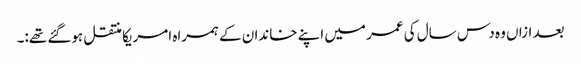
بعد ازاں وہ دس سال کی عمر میں اپنے خاندان کے ہمراہ امریکا منتقل ہوگئے تھے:۔